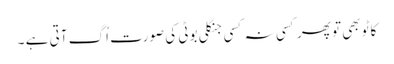
کاٹو بھی تو پھر کسی نہ کسی جنگلی بوٹی کی صورت اُگ آتی ہے ۔